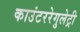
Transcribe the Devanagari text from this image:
काउंटररेगुलेट्री